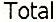
TOTAL